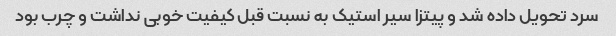
سرد تحویل داده شد و پیتزا سیر استیک به نسبت قبل کیفیت خوبی نداشت و چرب بود